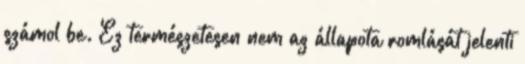
számol be. Ez természetesen nem az állapota romlását jelenti